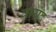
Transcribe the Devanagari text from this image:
वायंद